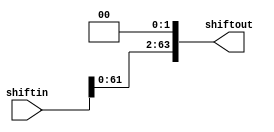
module shiftL2 (shiftin , shiftout);

input [63:0] shiftin;
output [63:0] shiftout;

assign shiftout = shiftin << 2 ;

endmodule